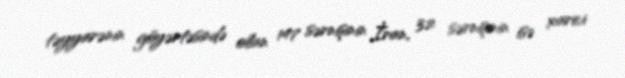
təyyarənin göyərtəsində olan 147 sərnişinin İran, 32 sərnişinin isə xarici